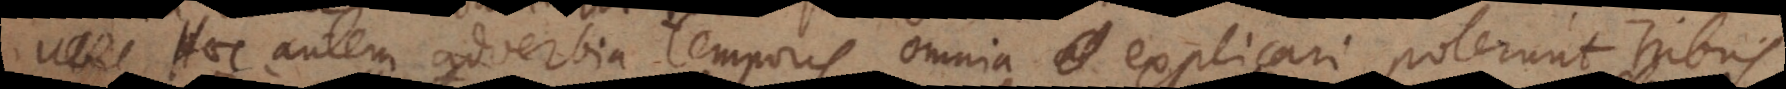
Haec autem adverbia temporis omnia explicari poterunt tribus